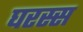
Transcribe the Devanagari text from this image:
घरस्स